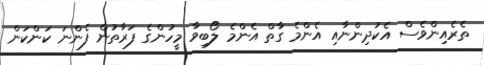
ތެރެއިންވެސް އެކުދިންނާއި އެންމެ ގާތް އެންމެ ލޯބިވާ މީހުންގެ ފަރާތުން ފެންނަ ކަންކަން